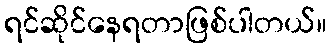
ရင်ဆိုင်နေရတာဖြစ်ပါတယ်။